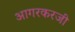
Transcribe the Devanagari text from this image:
आगरकरजी